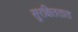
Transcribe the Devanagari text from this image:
सुरक्षिततात